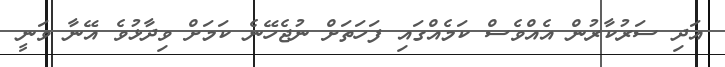
އަދި ސަރުކާރުން އެއްވެސް ކަމެއްގައި ފަހަތަށް ނުޖެހޭނެ ކަމަށް ވިދާޅުވެ އޭނާ ވަނީ